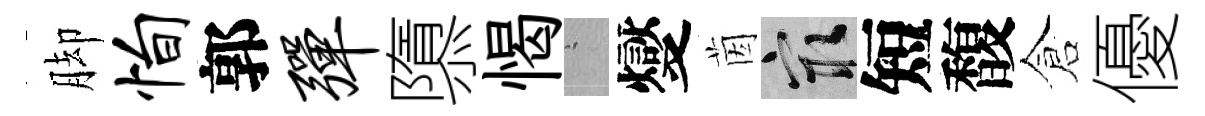
脚恂郭弹隳愒搖燮茵冣短馥倉優